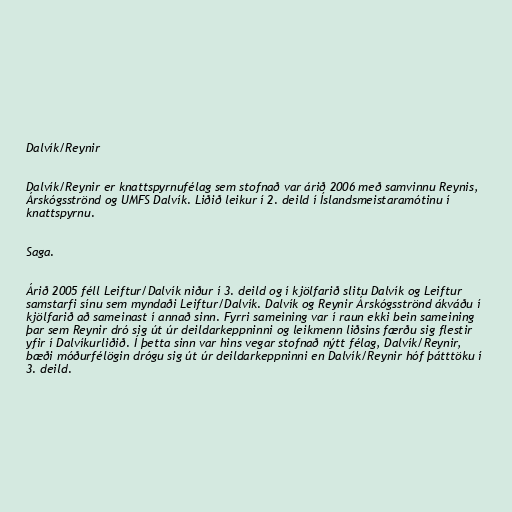
Dalvík/Reynir

Dalvík/Reynir er knattspyrnufélag sem stofnað var árið 2006 með samvinnu Reynis,
Árskógsströnd og UMFS Dalvík. Liðið leikur í 2. deild í Íslandsmeistaramótinu í
knattspyrnu.

Saga.

Árið 2005 féll Leiftur/Dalvík niður í 3. deild og í kjölfarið slitu Dalvík og Leiftur
samstarfi sínu sem myndaði Leiftur/Dalvík. Dalvík og Reynir Árskógsströnd ákváðu í
kjölfarið að sameinast í annað sinn. Fyrri sameining var í raun ekki bein sameining
þar sem Reynir dró sig út úr deildarkeppninni og leikmenn liðsins færðu sig flestir
yfir í Dalvíkurliðið. Í þetta sinn var hins vegar stofnað nýtt félag, Dalvík/Reynir,
bæði móðurfélögin drógu sig út úr deildarkeppninni en Dalvík/Reynir hóf þátttöku í
3. deild.